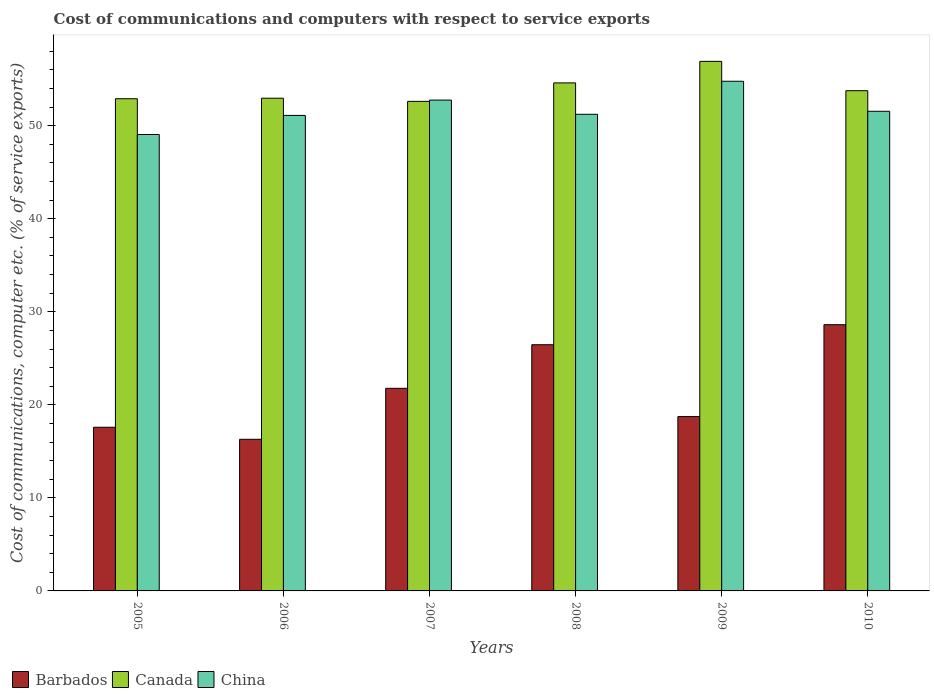
| Years | Barbados | Canada | China |
 | --- | --- | --- | --- |
 | 2005 | 17.6 | 52.9 | 49.1 |
 | 2006 | 16.3 | 53 | 51.1 |
 | 2007 | 21.8 | 52.6 | 52.8 |
 | 2008 | 26.5 | 54.6 | 51.2 |
 | 2009 | 18.7 | 56.9 | 54.8 |
 | 2010 | 28.6 | 53.8 | 51.6 |